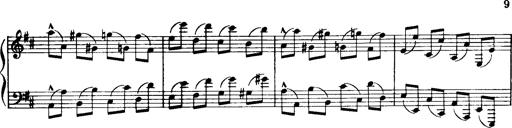
Title: Historische ungarische Bildnisse
Composer: Franz Liszt